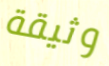
وثيقة